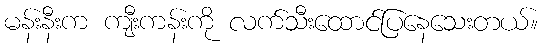
မန်းနီးက ကျီးကန်းကို လက်သီးထောင်ပြနေသေးတယ်။